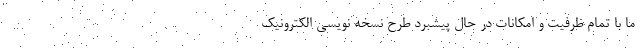
ما با تمام ظرفیت و امکانات در حال پیشبرد طرح نسخه نویسی الکترونیک